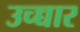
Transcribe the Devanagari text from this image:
उच्च्चार